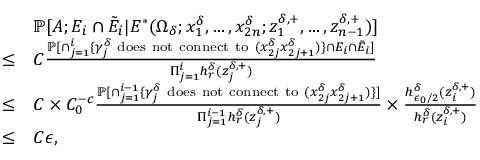
\begin{array} { r l } & { \mathbb { P } [ A ; E _ { i } \cap \tilde { E } _ { i } | E ^ { * } ( \Omega _ { \delta } ; x _ { 1 } ^ { \delta } , \ldots , x _ { 2 n } ^ { \delta } ; z _ { 1 } ^ { \delta , + } , \ldots , z _ { n - 1 } ^ { \delta , + } ) ] } \\ { \le } & { C \frac { \mathbb { P } [ \cap _ { j = 1 } ^ { i } \{ \gamma _ { j } ^ { \delta } \mathrm { ~ d o e s ~ n o t ~ c o n n e c t ~ t o ~ } ( x _ { 2 j } ^ { \delta } x _ { 2 j + 1 } ^ { \delta } ) \} \cap E _ { i } \cap \tilde { E } _ { i } ] } { \Pi _ { j = 1 } ^ { i } h _ { r } ^ { \delta } ( z _ { j } ^ { \delta , + } ) } } \\ { \le } & { C \times C _ { 0 } ^ { - c } \frac { \mathbb { P } [ \cap _ { j = 1 } ^ { i - 1 } \{ \gamma _ { j } ^ { \delta } \mathrm { ~ d o e s ~ n o t ~ c o n n e c t ~ t o ~ } ( x _ { 2 j } ^ { \delta } x _ { 2 j + 1 } ^ { \delta } ) \} ] } { \Pi _ { j = 1 } ^ { i - 1 } h _ { r } ^ { \delta } ( z _ { j } ^ { \delta , + } ) } \times \frac { h _ { \epsilon _ { 0 } / 2 } ^ { \delta } ( z _ { i } ^ { \delta , + } ) } { h _ { r } ^ { \delta } ( z _ { i } ^ { \delta , + } ) } } \\ { \le } & { C \epsilon , } \end{array}